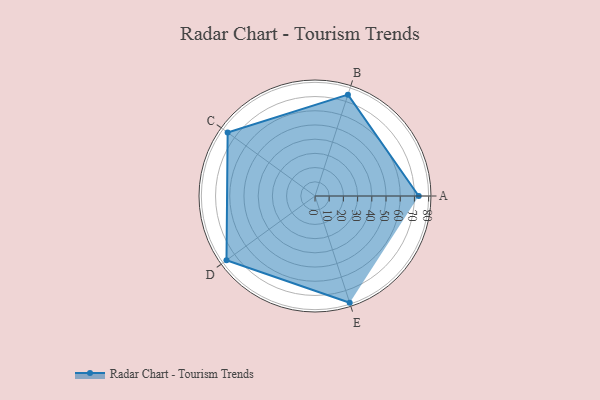
{"axis": {"x": "Skill", "y": "Score"}, "legend": ["Profile"], "data": [{"x": "A", "y": 73.0, "type": "Profile"}, {"x": "B", "y": 75.0, "type": "Profile"}, {"x": "C", "y": 76.0, "type": "Profile"}, {"x": "D", "y": 77.0, "type": "Profile"}, {"x": "E", "y": 79.0, "type": "Profile"}]}